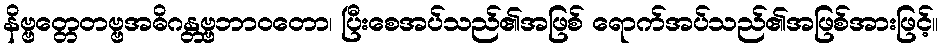
နိဗ္ဗတ္တေတဗ္ဗအဓိဂန္တဗ္ဗဘာဝတော၊ ပြီးစေအပ်သည်၏အဖြစ် ရောက်အပ်သည်၏အဖြစ်အားဖြင့်။